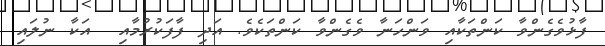
ފާޅުވެގެންވާ ކަންތަކާއި ވަންހަނާ ވެގެންވާ ކަންތަކެވެ. އަދި ފާފަކުރުމާއި  އަކާ ނުލައި